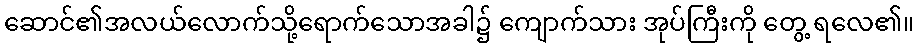
ဆောင်၏အလယ်လောက်သို့ရောက်သောအခါ၌ ကျောက်သား အုပ်ကြီးကို တွေ့ ရလေ၏။